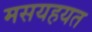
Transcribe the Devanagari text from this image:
मसयहयत